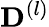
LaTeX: \mathbf{D}^{(l)}